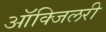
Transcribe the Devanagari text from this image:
आॅक्जिलरी